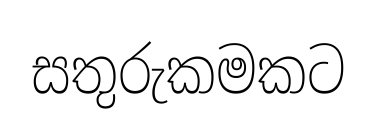
සතුරුකමකට